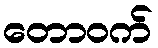
တောဝက်